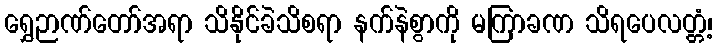
ရွှေဉာဏ်တော်အရာ သိနိုင်ခဲသိစရာ နက်နဲစွာကို မကြာခဏ သိရပေလတ္တံ့၊